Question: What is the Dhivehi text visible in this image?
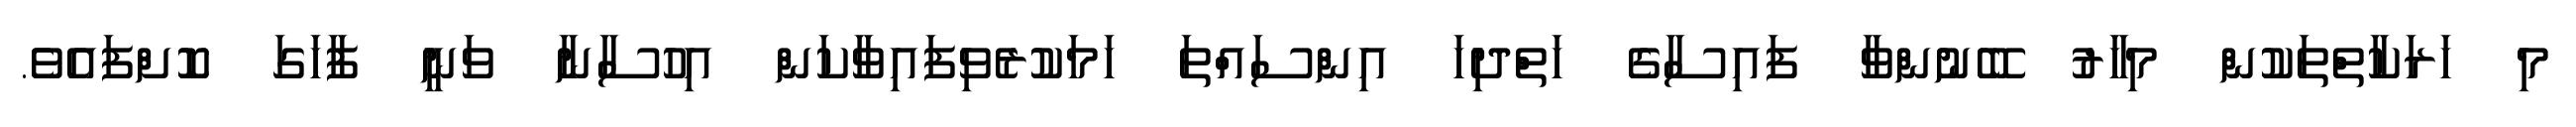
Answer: މި ހަރަކާތްތަކުން މިހާރު ބޭނުންވާ ފައިސާގެ ހަތްދިހަ އިންސައްތަ ހަމަކުރެވިފައިވާކަން އިހުސާނާ ވަނީ ފާހަގަ ކޮށްފައެވެ.